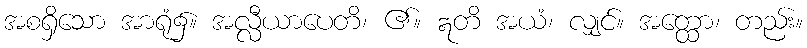
အစရှိသော အာရုံ၌။ အလ္လီယာပေတိ၊ ၏။ ဣတိ အယံ၊ လျှင်။ အတ္ထော၊ တည်း။